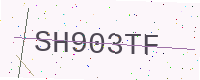
Text: SH903TF